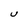
Character: U